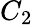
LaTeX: C_{2}